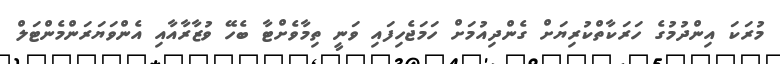
މުރަކަ އިންދުމުގެ ހަރަކާތްކުރިޔަށް ގެންދިއުމަށް ހަމަޖެހިފައި ވަނީ ތިމާވެށްޓާ ބެހޭ ވުޒާރާއާއި އެންވަޔަރަންމެންޓަލް